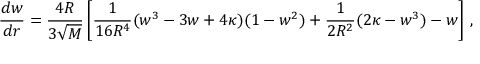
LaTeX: \frac { d w } { d r } = \frac { 4 R } { 3 \sqrt { M } } \left[ \frac { 1 } { 1 6 R ^ { 4 } } ( w ^ { 3 } - 3 w + 4 \kappa ) ( 1 - w ^ { 2 } ) + \frac { 1 } { 2 R ^ { 2 } } ( 2 \kappa - w ^ { 3 } ) - w \right] \, ,